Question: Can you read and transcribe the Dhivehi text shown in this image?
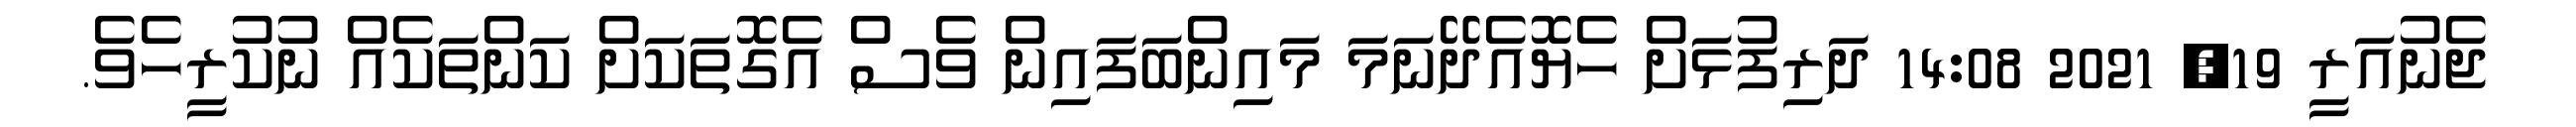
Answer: ޖެނުއަރީ 19, 2021 14:08 ދަރިފުޅަށް ހެޔޮއެދޭނަމަ މައިންބަފައިން ވެސް އެގޮތަކަށް ކަންތަކެއް ނުކުރީހެވެ.